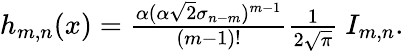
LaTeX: \begin{array}{r}{h_{m,n}(x)=\frac{\alpha(\alpha\sqrt{2}\sigma_{n-m})^{m-1}}{(m-1)!}\frac{1}{2\sqrt{\pi}}\ I_{m,n}.}\end{array}